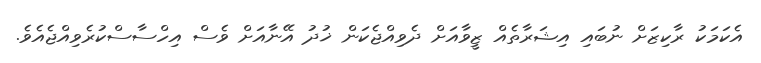
އެކަމަކު ރާކިޒަށް ނުބައި އިޝަރާތެއް ޒީވާއަށް ދެވިއްޖެކަން ޚުދު އޭނާއަށް ވެސް އިހްސާސްކުރެވިއްޖެއެވެ.